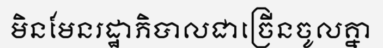
មិនមែនរដ្ឋាភិបាលជាច្រើនចូលគ្នា